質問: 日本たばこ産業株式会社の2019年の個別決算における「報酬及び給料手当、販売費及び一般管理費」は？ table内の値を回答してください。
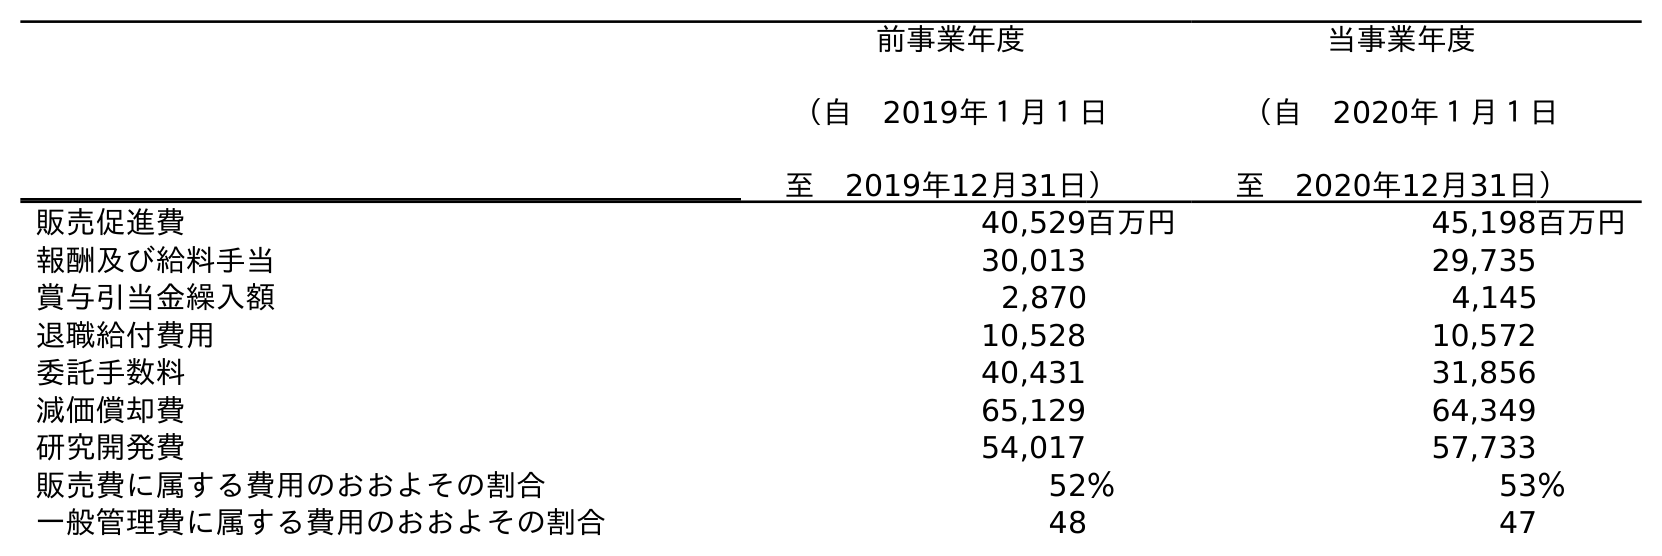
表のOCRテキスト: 前事業年度 （自 2019年１月１日 至 2019年12月31日） 当事業年度 （自 2020年１月１日 至 2020年12月31日） 販売促進費 40,529百万円 45,198百万円 報酬及び給料手当 30,013 29,735 賞与引当金繰入額 2,870 4,145 退職給付費用 10,528 10,572 委託手数料 40,431 31,856 減価償却費 65,129 64,349 研究開発費 54,017 57,733 販売費に属する費用のおおよその割合 52％ 53％ 一般管理費に属する費用のおおよその割合 48 47
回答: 30,013